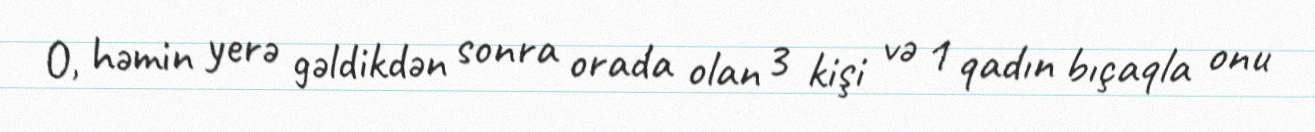
O, həmin yerə gəldikdən sonra orada olan 3 kişi və 1 qadın bıçaqla onu